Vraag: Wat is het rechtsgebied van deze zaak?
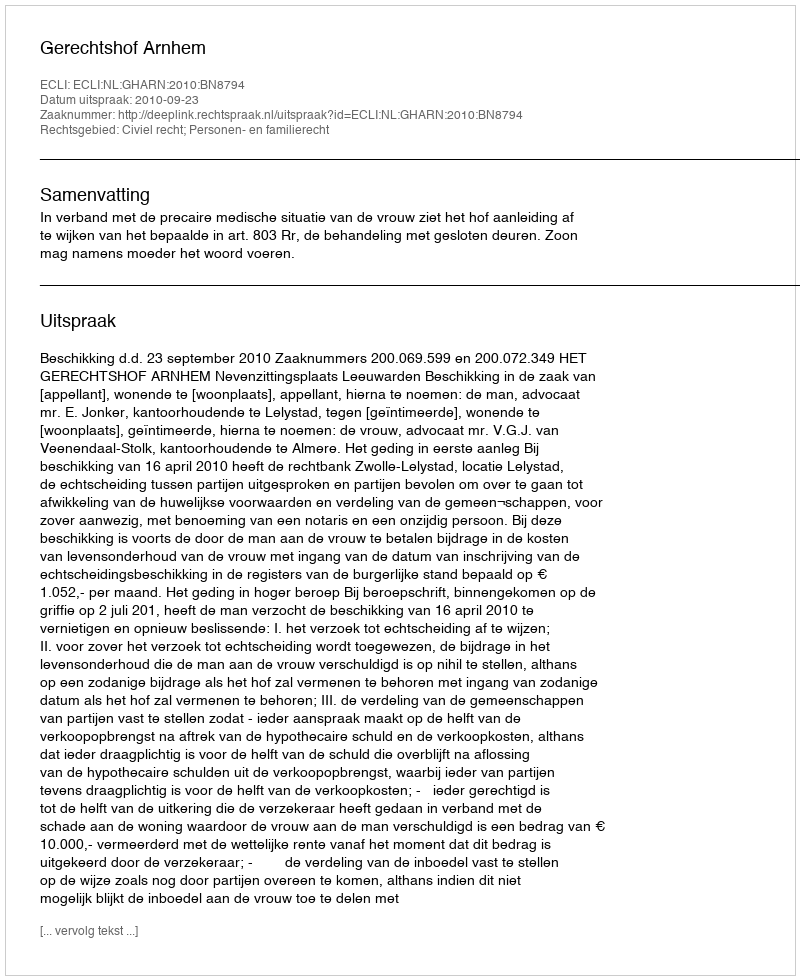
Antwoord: Civiel recht; Personen- en familierecht